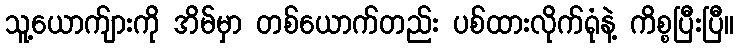
သူ့ယောက်ျားကို အိမ်မှာ တစ်ယောက်တည်း ပစ်ထားလိုက်ရုံနဲ့ ကိစ္စပြီးပြီ။